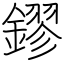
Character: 鏐